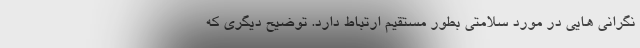
نگرانی هایی در مورد سلامتی بطور مستقیم ارتباط دارد. توضیح دیگری که